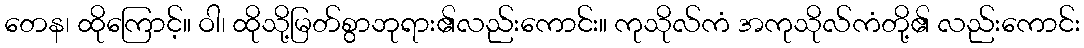
တေန၊ ထိုကြောင့်။ ဝါ၊ ထိုသို့မြတ်စွာဘုရား၏လည်းကောင်း။ ကုသိုလ်ကံ အကုသိုလ်ကံတို့၏ လည်းကောင်း